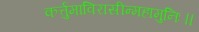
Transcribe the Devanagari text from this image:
कर्त्तुमाविरासीन्महामुनिः॥